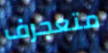
متعجرف